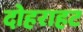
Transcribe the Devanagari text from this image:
दोहराहट